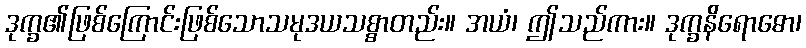
ဒုက္ခ၏ဖြစ်ကြောင်းဖြစ်သောသမုဒယသစ္စာတည်း။ အယံ၊ ဤသည်ကား။ ဒုက္ခနိရောဓော၊